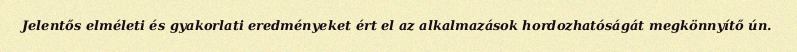
Jelentős elméleti és gyakorlati eredményeket ért el az alkalmazások hordozhatóságát megkönnyítő ún.